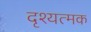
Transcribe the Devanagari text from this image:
दृश्यत्मक